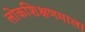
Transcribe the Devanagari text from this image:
लोकशिक्षणमाला